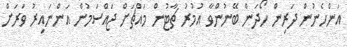
އަންހެނުން ދަރިން ހޯދަން ބޭނުންވާ އުމުރު ޗާޓުން މައްޗަށް ޖައްސަމުން އަންނައިރު ވަރަށް